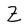
Character: Z